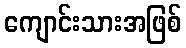
ကျောင်းသားအဖြစ်